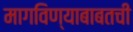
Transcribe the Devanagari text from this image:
मागविण्याबाबतची